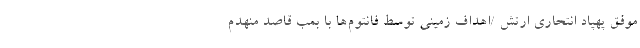
موفق پهپاد انتحاری ارتش /اهداف زمینی توسط فانتوم‌ها با بمب قاصد منهدم